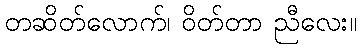
တဆိတ်လောက်၊ ဝိတ်တာ ညီလေး။